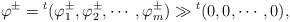
LaTeX: \begin{align*}\varphi^{\pm}={}^t (\varphi^{\pm}_1,\varphi^{\pm}_2,\cdots,\varphi^{\pm}_m)\gg {}^t (0,0,\cdots,0),\end{align*}